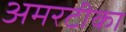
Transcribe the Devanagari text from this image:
अमरटीका